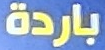
باردة